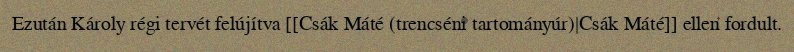
Ezután Károly régi tervét felújítva [[Csák Máté (trencséni tartományúr)|Csák Máté]] ellen fordult.